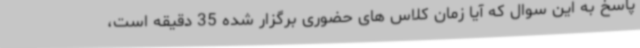
پاسخ به این سوال که آیا زمان کلاس های حضوری برگزار شده 35 دقیقه است،